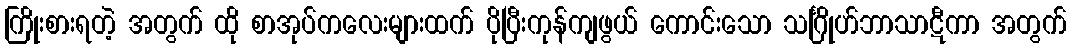
ကြိုးစားရတဲ့ အတွက် ထို စာအုပ်ကလေးများထက် ပိုပြီးကုန်ကျဖွယ် ကောင်းသော သင်္ဂြိုဟ်ဘာသာဋီကာ အတွက်